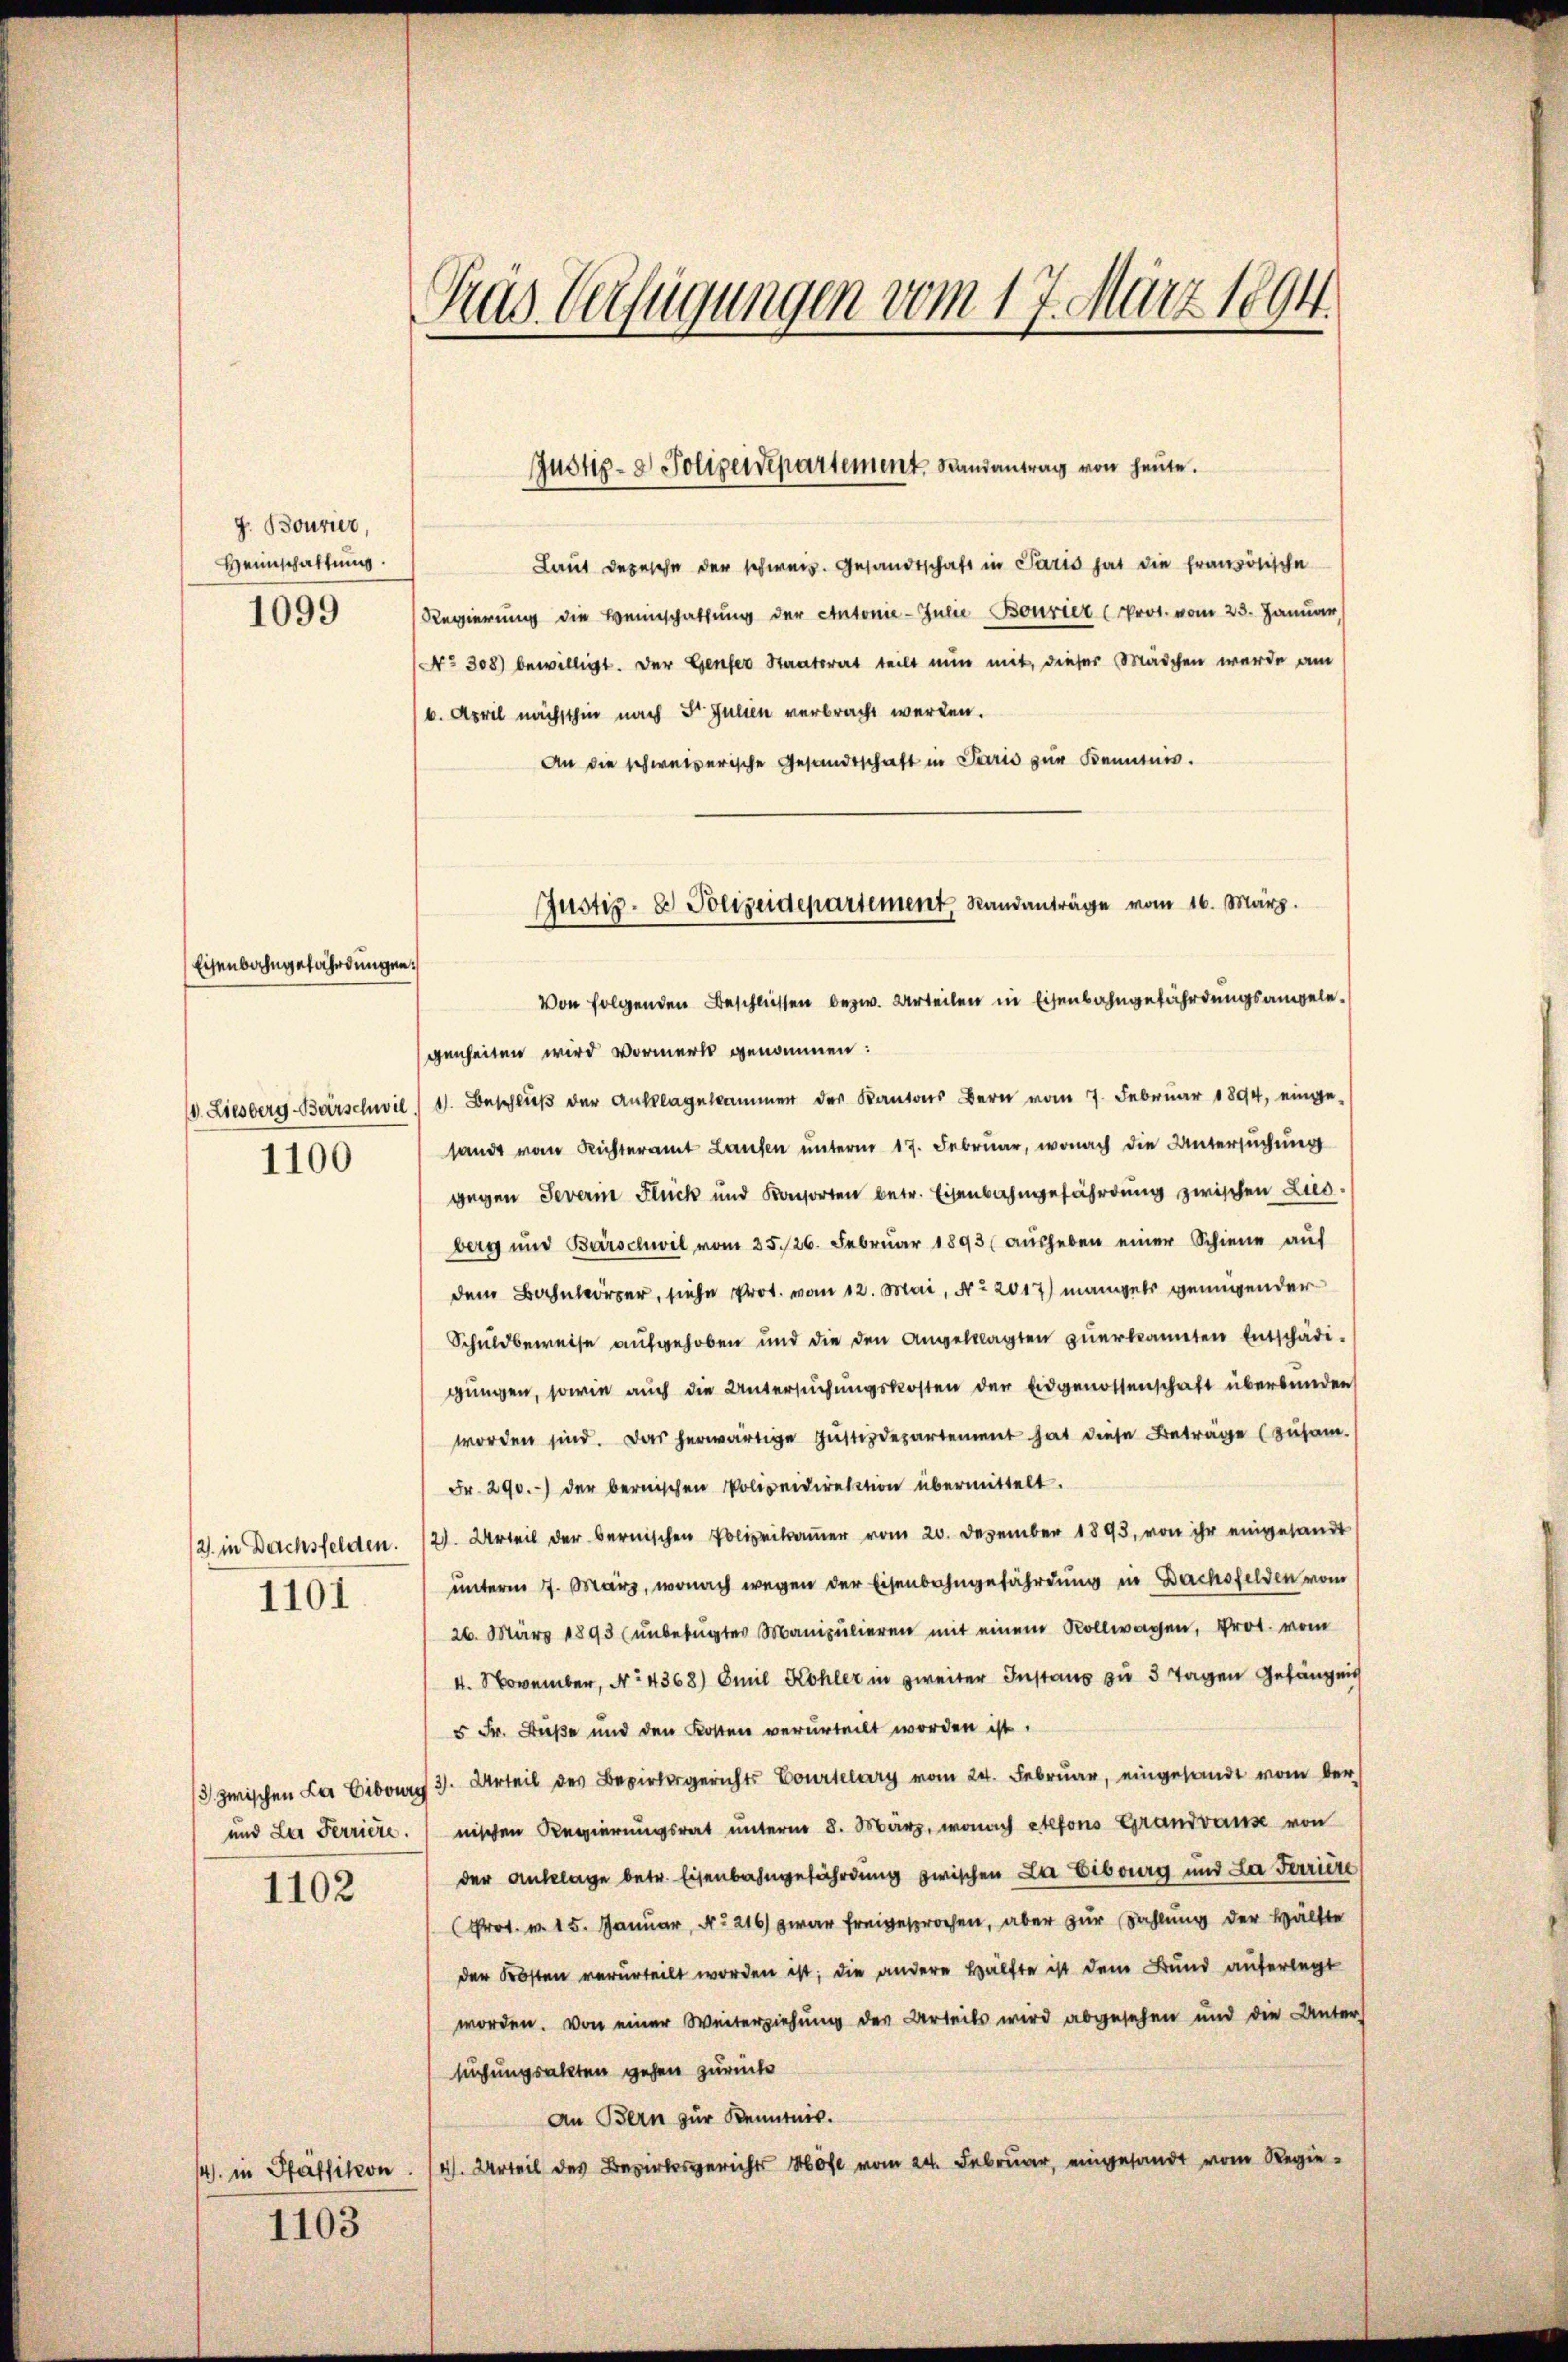
J. Bourier,
Heimschaftung.
1099

Eisenbahngefährdungen

V. Liesberg-Barschwil
1100

2. in Dachsfelden.
1101

3 zwischen Lai Eibown
und Lei Ferriere.

1102

1103

Gras Verfügungen vom 17. März 1894.

Laut Depesche der schweiz. Gesandtschaft in Paris hat die französische
Regierung die Weinschaftung der Antonie-Julie Bourier (Prot. vom 23. Januar,
No 308) bewilligt. Der Genfer Staatsrat teilt nun mit, dieser Mädchen werde am
6. April nächsthin nach Dr. Julien verbracht werden.
An die schweizerische Gesandtschaft in Paris zur Kenntnis.
Von folgenden Beschliessen bezw. Urteilen in Eisenbahngefährdungsangelegenheiten wird vormerk genommen:
11. Beschluß der Anklagekammer der Kantons Bern vom 7. Februar 1894, eingesandt vom Richteramt Laufen unterm 17. Februar, wonach die Untersuchung
gegen Severin Flück und Konsorten betr. Eisenbahngefährdung zwischen Ludberg und Barschwil vom 25. 26. Febrŭar 1893 aŭsheben einer Schiene aŭf
dem Bahnkörper, siche Prot. vom 12. Mai, No 2017) mangels genügender
Schuldbeweise aufgehoben und die den Angeklagten zuerkannten Entschädigungen, sowie auch die Untersuchungskosten der Eidgenossenschaft überbunden
worden sind. Das herwärtige Justizdepartement hat diese Beträge (zusam
Fr. 290.) der bernischen Polizeidirektion übermittelt.
2). Urteil der bernischen Polizeikamer vom 20. Dezember 1893, von ihr eingesandt
unterm 7. März, wonach wegen der Eisenbahngefährdung in Dachsfelden vom
26. März 1893 (unbefugter Manipulieren mit einem Rollwagen, Prot. vom
4. November, No 4368) Emil Kohler in zweiter Instanz zu 3 Tagen Gefängnis
5 Fr. Buße und den Kosten verurteilt worden ist.
3). Urteil des Bezirksgerichts Courtelary vom 24. Februar, eingesandt vom der
nischen Regierungsrat unterm 8. März, wonach elfons Grandvause von
der Anklage betr. Eisenbahngefährdung zwischen La Eiburg und La Ferriere
(Prot. v. 15. Januar, No 216) zwar freigesprochen, aber zur Zahlung der Hälfte
der Kosten verurteilt worden ist; die andere Hälfte ist dem Bund auferlegt
worden. Von einer Weiterziehung des Urteils wird abgesehen und die Unter
suchungsakten gehen zurück
An Bern zur Kenntnis.
4. in Pfäffikon. 14. Urteil des Bezirksgerichts Höfe vom 24. Februar, eingesandt vom Regie¬

Justiz- & Polizeidepartement Randantrag von heute.

Justiz- & Polizeidepartement, Randanträge vom 16. März.